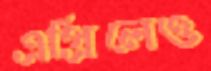
এপ্রিলেও